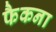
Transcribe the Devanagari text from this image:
फैकना